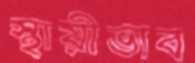
স্থায়ীভাব